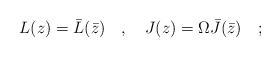
LaTeX: \begin{align*}L(z)=\bar{L}(\bar{z})\quad ,\quad J(z)=\Omega \bar{J}(\bar{z})\quad ;\end{align*}